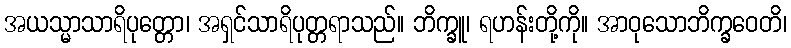
အယသ္မာသာရိပုတ္တော၊ အရှင်သာရိပုတ္တရာသည်။ ဘိက္ခူ၊ ရဟန်းတို့ကို။ အာဝုသောဘိက္ခဝေတိ၊